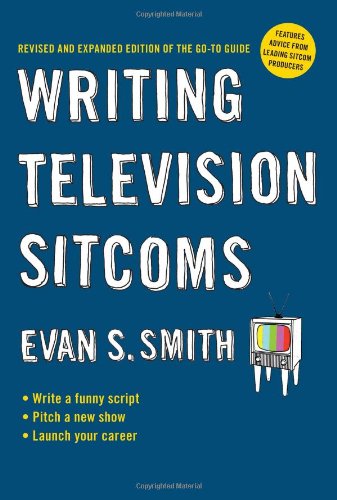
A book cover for Writing Television Sitcoms (revised); Evan S. Smith; Humor & Entertainment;